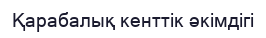
Қарабалық кенттік әкімдігі